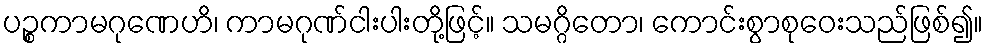
ပဉ္စကာမဂုဏေဟိ၊ ကာမဂုဏ်ငါးပါးတို့ဖြင့်။ သမဂ္ဂိတော၊ ကောင်းစွာစုဝေးသည်ဖြစ်၍။